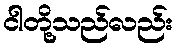
ငါတို့သည်လည်း